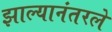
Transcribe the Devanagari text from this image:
झाल्यानंतरले